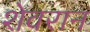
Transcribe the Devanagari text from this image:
शेवरान